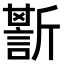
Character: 𧪷